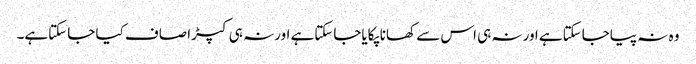
وہ نہ پیاجاسکتاہے اورنہ ہی اس سے کھانا پکایاجاسکتاہے اورنہ ہی کپڑا صاف کیا جاسکتاہے۔